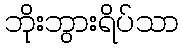
ဘိုးဘွားရိပ်သာ